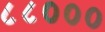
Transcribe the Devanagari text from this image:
८८०००